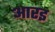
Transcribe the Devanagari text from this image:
आरइ